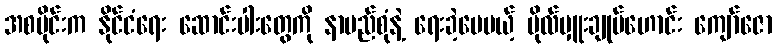
အစပိုင်းက နိုင်ငံရေး ဆောင်းပါးတွေကို နာမည်စုံနဲ့ ရေးခဲ့ပေမယ့် ဗိုလ်မှူးချုပ်ဟောင်း ကျော်ဇော